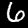
Digit: 6